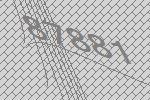
87881